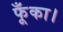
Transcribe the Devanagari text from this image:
फूँका।